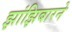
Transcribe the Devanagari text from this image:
झांझिबारने